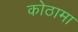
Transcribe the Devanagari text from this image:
कोठामा